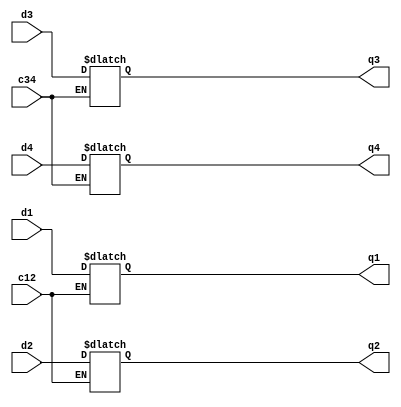
// John Hubbard, 04 Oct 2014
// hw3 assignment

module problem_2_5_5_latch_7475(d1, d2, d3, d4, c12, c34,
                                q1, q2, q3, q4);
    input d1, d2, d3, d4, c12, c34;
    output q1, q2, q3, q4;

    wire d1, d2, d3, d4, c12, c34;
    reg q1, q2, q3, q4;

    always @(d1, d2, c12)
    begin
        if (c12 == 1)
        begin
            q1 = d1;
            q2 = d2;
        end
    end

    always @(d3, d4, c34)
    begin
        if (c34 == 1)
        begin
            q3 = d3;
            q4 = d4;
        end
    end
endmodule